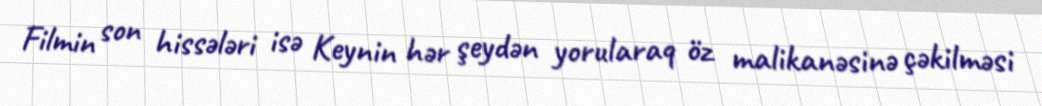
Filmin son hissələri isə Keynin hər şeydən yorularaq öz malikanəsinə çəkilməsi